Report of the Indian Hemp Drugs Commission, 1894-1895 - Volume VI
Year: 1894
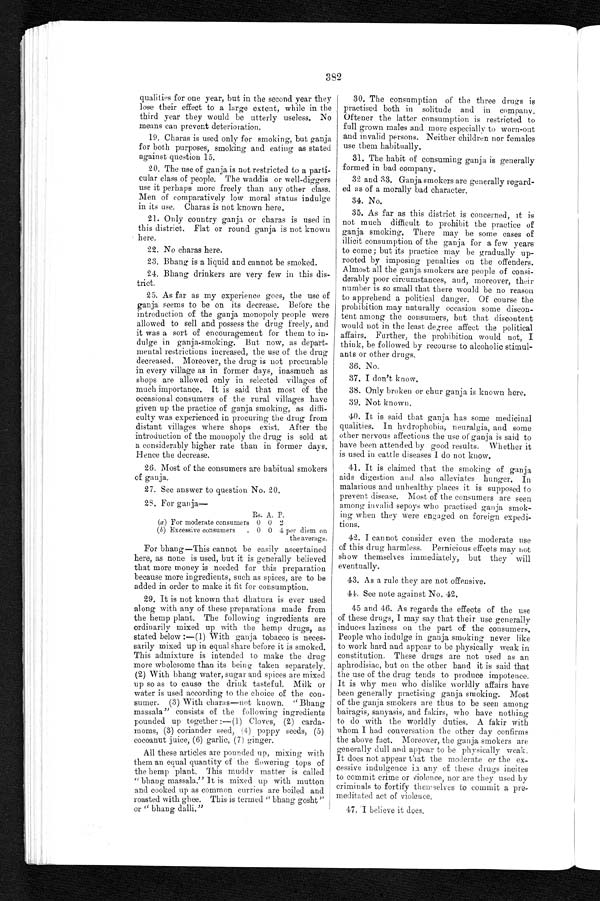
382
qualities for one year, but in the second year they
lose their effect to a large extent, while in the
third year they would be utterly useless. No
means can prevent deterioration.
19. Charas is used only for smoking, but ganja
for both purposes, smoking and eating as stated
against question 15.
20. The use of ganja is not restricted to a parti-
cular class of people. The waddis or well-diggers
use it perhaps more freely than any other class.
Men of comparatively low moral status indulge
in its use. Charas is not known here.
21. Only country ganja or charas is used in
this district. Flat or round ganja is not known
here.
22. No charas here.
23. Bhang is a liquid and cannot be smoked.
24. Bhang drinkers are very few in this dis-
trict.
25. As far as my experience goes, the use of
ganja seems to be on its decrease. Before the
introduction of the ganja monopoly people were
allowed to sell and possess the drug freely, and
it was a sort of encouragement for them to in-
dulge in ganja-smoking. But now, as depart-
mental restrictions increased, the use of the drug
decreased. Moreover, the drug is not procurable
in every village as in former days, inasmuch as
shops are allowed only in selected villages of
much importance. It is said that most of the
occasional consumers of the rural villages have
given up the practice of ganja smoking, as diffi-
culty was experienced in procuring the drug from
distant villages where shops exist. After the
introduction of the monopoly the drug is sold at
a considerably higher rate than in former days.
Hence the decrease.
26. Most of the consumers are habitual smokers
of ganja.
27. See answer to question No. 20.
28. For ganja
—
Rs. A. P.
(a) For moderate consumers 0 0 2
(b) Excessive consumers
. 0 0 4 per diem on
the average.
For bhang—This cannot be easily ascertained
here, as none is used, but it is generally believed
that more money is needed for this preparation
because more ingredients, such as spices, are to be
added in order to make it fit for consumption.
29. It is not known that dhatura is ever used
along with any of these preparations made from
the hemp plant. The following ingredients are
ordinarily mixed up with the hemp drugs, as
stated below :—(1) With ganja tobacco is neces-
sarily mixed up in equal share before it is smoked.
This admixture is intended to make the drug
more wholesome than its being taken separately.
(2) With bhang water, sugar and spices are mixed
up so as to cause the drink tasteful. Milk or
water is used according to the choice of the con-
sumer. (3) With charas—not known. "Bhang
massala" consists of the following ingredients
pounded up together :—(1) Cloves, (2) carda-
moms, (3) coriander seed, (4) poppy seeds, (5)
cocoanut juice, (6) garlic, (7) ginger.
All these articles are pounded up, mixing with
them an equal quantity of the flowering tops of
the hemp plant. This muddy matter is called
" bhang massala." It is mixed up with mutton
and cooked up as common curries are boiled and
roasted with ghee. This is termed " bhang gosht
" o r " b h a n g d a l l i . "
30. The consumption of the three drugs is
practised both in solitude and in company.
Oftener the latter consumption is restricted to
full grown males and more especially to worn-out
and invalid persons. Neither children nor females
use them habitually.
31. The habit of consuming ganja is generally
formed in bad company.
32 and 33. Ganja smokers are generally regard-
ed as of a morally bad character.
34. No.
35. As far as this district is concerned, it is
not much difficult to prohibit the practice of
ganja smoking. There may be some cases of
illicit consumption of the ganja for a few years
to come; but its practice may be gradually up-
rooted by imposing penalties on the offenders.
Almost all the ganja smokers are people of consi-
derably poor circumstances, and, moreover, their
number is so small that there would be no reason
to apprehend a political danger. Of course the
prohibition may naturally occasion some discon-
tent among the consumers, but that discontent
would not in the least degree affect the political
affairs. Further the prohibition would not, I
think, be followed by recourse to alcoholic stimul-
ants or other drugs.
36. No.
37. I don't know.
38. Only broken or chur ganja is known here.
39. Not known.
40. It is said that ganja has some medicinal
qualities. In hydrophobia, neuralgia, and some
other nervous affections the use of ganja is said to
have been attended by good results. Whether it
is used in cattle diseases I do not know.
41. It is claimed that the smoking of ganja
aids digestion and also alleviates hunger. In
malarious and unhealthy places it is supposed to
prevent disease. Most of the consumers are seen
among invalid sepoys who practised ganja smok-
ing when they were engaged on foreign expedi-
tions.
42. I cannot consider even the moderate use
of this drug harmless. Pernicious effects may not
show themselves immediately, but they will
eventually.
43. As a rule they are not offensive.
44. See note against No. 42.
45 and 46. As regards the effects of the use
of these drugs, I may say that their use generally
induces laziness on the part of the consumers.
People who indulge in ganja smoking never like
to work hard and appear to be physically weak in
constitution. These drugs are not used as an
aphrodisiac, but on the other hand it is said that
the use of the drug tends to produce impotence.
It is why men who dislike worldly affairs have
been generally practising ganja smoking. Most
of the ganja smokers are thus to be seen among
bairagis, sanyasis, and fakirs, who have nothing
to do with the worldly duties. A fakir with
whom I had conversation the other day confirms
the above fact. Moreover, the ganja smokers are
generally dull and appear to be physically weak.
It does not appear that the moderate or the ex-
cessive indulgence in any of these drugs incites
to commit crime or violence, nor are they used by
criminals to fortify themselves to commit a pre-
meditated act of violence.
47. I believe it does.